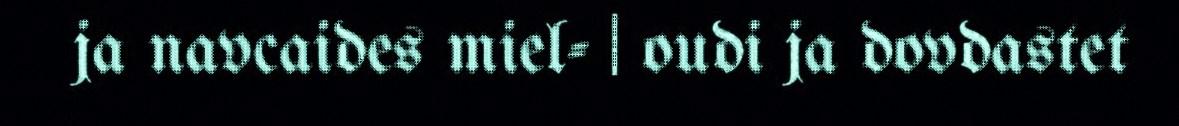
ja navcaides miel- | oudi ja dovdastet